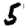
Digit: 5